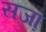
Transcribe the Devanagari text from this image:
सजा़